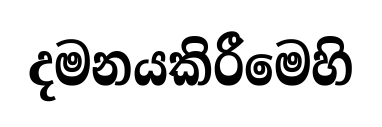
දමනයකිරීමෙහි